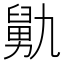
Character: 𰯺